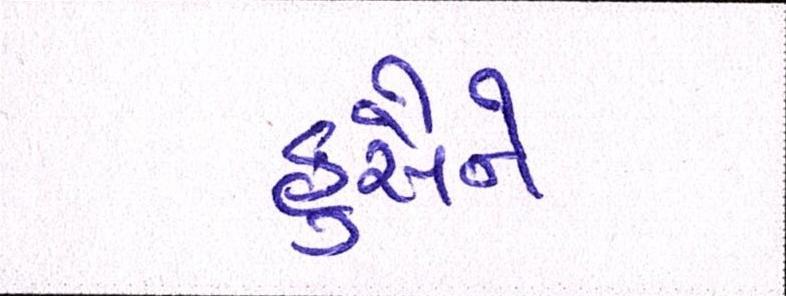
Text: હુસૈને